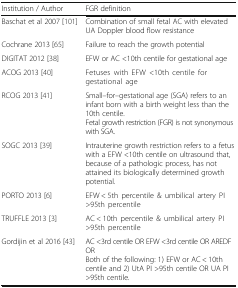
<table><thead><tr><td><b>Institution / Author</b></td><td><b>FGR definition</b></td></tr></thead><tbody><tr><td>Baschat et al 2007 [101]</td><td>Combination of small fetal AC with elevated UA Doppler blood flow resistance</td></tr><tr><td>Cochrane 2013 [65]</td><td>Failure to reach the growth potential</td></tr><tr><td>DIGITAT 2012 [38]</td><td>EFW or AC &lt;10th centile for gestational age</td></tr><tr><td>ACOG 2013 [40]</td><td>Fetuses with EFW &lt;10th centile for gestational age</td></tr><tr><td>RCOG 2013 [41]</td><td>Small–for–gestational age (SGA) refers to an infant born with a birth weight less than the 10th centile.Fetal growth restriction (FGR) is not synonymous with SGA.</td></tr><tr><td>SOGC 2013 [39]</td><td>Intrauterine growth restriction refers to a fetus with a EFW &lt;10th centile on ultrasound that, because of a pathologic process, has not attained its biologically determined growth potential.</td></tr><tr><td>PORTO 2013 [6]</td><td>EFW &lt; 5th percentile &amp; umbilical artery PI &gt;95th percentile</td></tr><tr><td>TRUFFLE 2013 [3]</td><td>AC &lt; 10th percentile &amp; umbilical artery PI &gt;95th percentile</td></tr><tr><td>Gordijin et al 2016 [43]</td><td>AC &lt;3rd centile OR EFW &lt;3rd centile OR AREDFORBoth of the following: 1) EFW or AC &lt; 10th centile and 2) UtA PI &gt;95th centile OR UA PI &gt;95th centile.</td></tr></tbody></table>